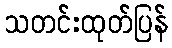
သတင်းထုတ်ပြန်